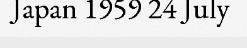
Japan 1959 24 July